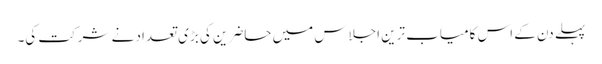
پہلے دن کے اس کامیاب ترین اجلاس میں حاضرین کی بڑی تعداد نے شرکت کی۔